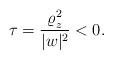
LaTeX: \begin{align*}\tau = \frac{\varrho ^2_z}{|w|^2} < 0.\end{align*}